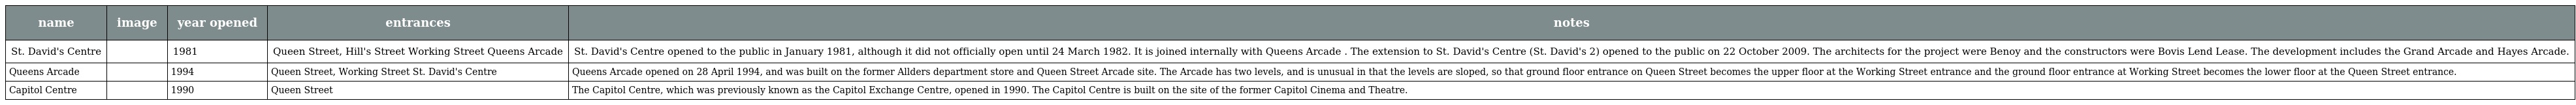
| name | image | year opened | entrances | notes |
 | --- | --- | --- | --- | --- |
 | St. David's Centre |  | 1981 | Queen Street, Hill's Street Working Street Queens Arcade | St. David's Centre opened to the public in January 1981, although it did not officially open until 24 March 1982. It is joined internally with Queens Arcade . The extension to St. David's Centre (St. David's 2) opened to the public on 22 October 2009. The architects for the project were Benoy and the constructors were Bovis Lend Lease. The development includes the Grand Arcade and Hayes Arcade. |
 | Queens Arcade |  | 1994 | Queen Street, Working Street St. David's Centre | Queens Arcade opened on 28 April 1994, and was built on the former Allders department store and Queen Street Arcade site. The Arcade has two levels, and is unusual in that the levels are sloped, so that ground floor entrance on Queen Street becomes the upper floor at the Working Street entrance and the ground floor entrance at Working Street becomes the lower floor at the Queen Street entrance. |
 | Capitol Centre |  | 1990 | Queen Street | The Capitol Centre, which was previously known as the Capitol Exchange Centre, opened in 1990. The Capitol Centre is built on the site of the former Capitol Cinema and Theatre. |